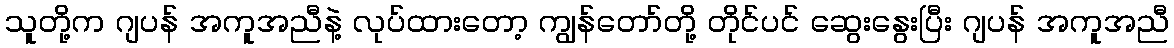
သူတို့က ဂျပန် အကူအညီနဲ့ လုပ်ထားတော့ ကျွန်တော်တို့ တိုင်ပင် ဆွေးနွေးပြီး ဂျပန် အကူအညီ